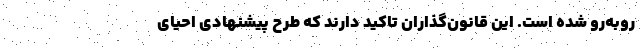
رو‌به‌رو شده است. این قانون‌گذاران تاکید دارند که طرح پیشنهادی احیای